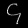
Digit: ၄